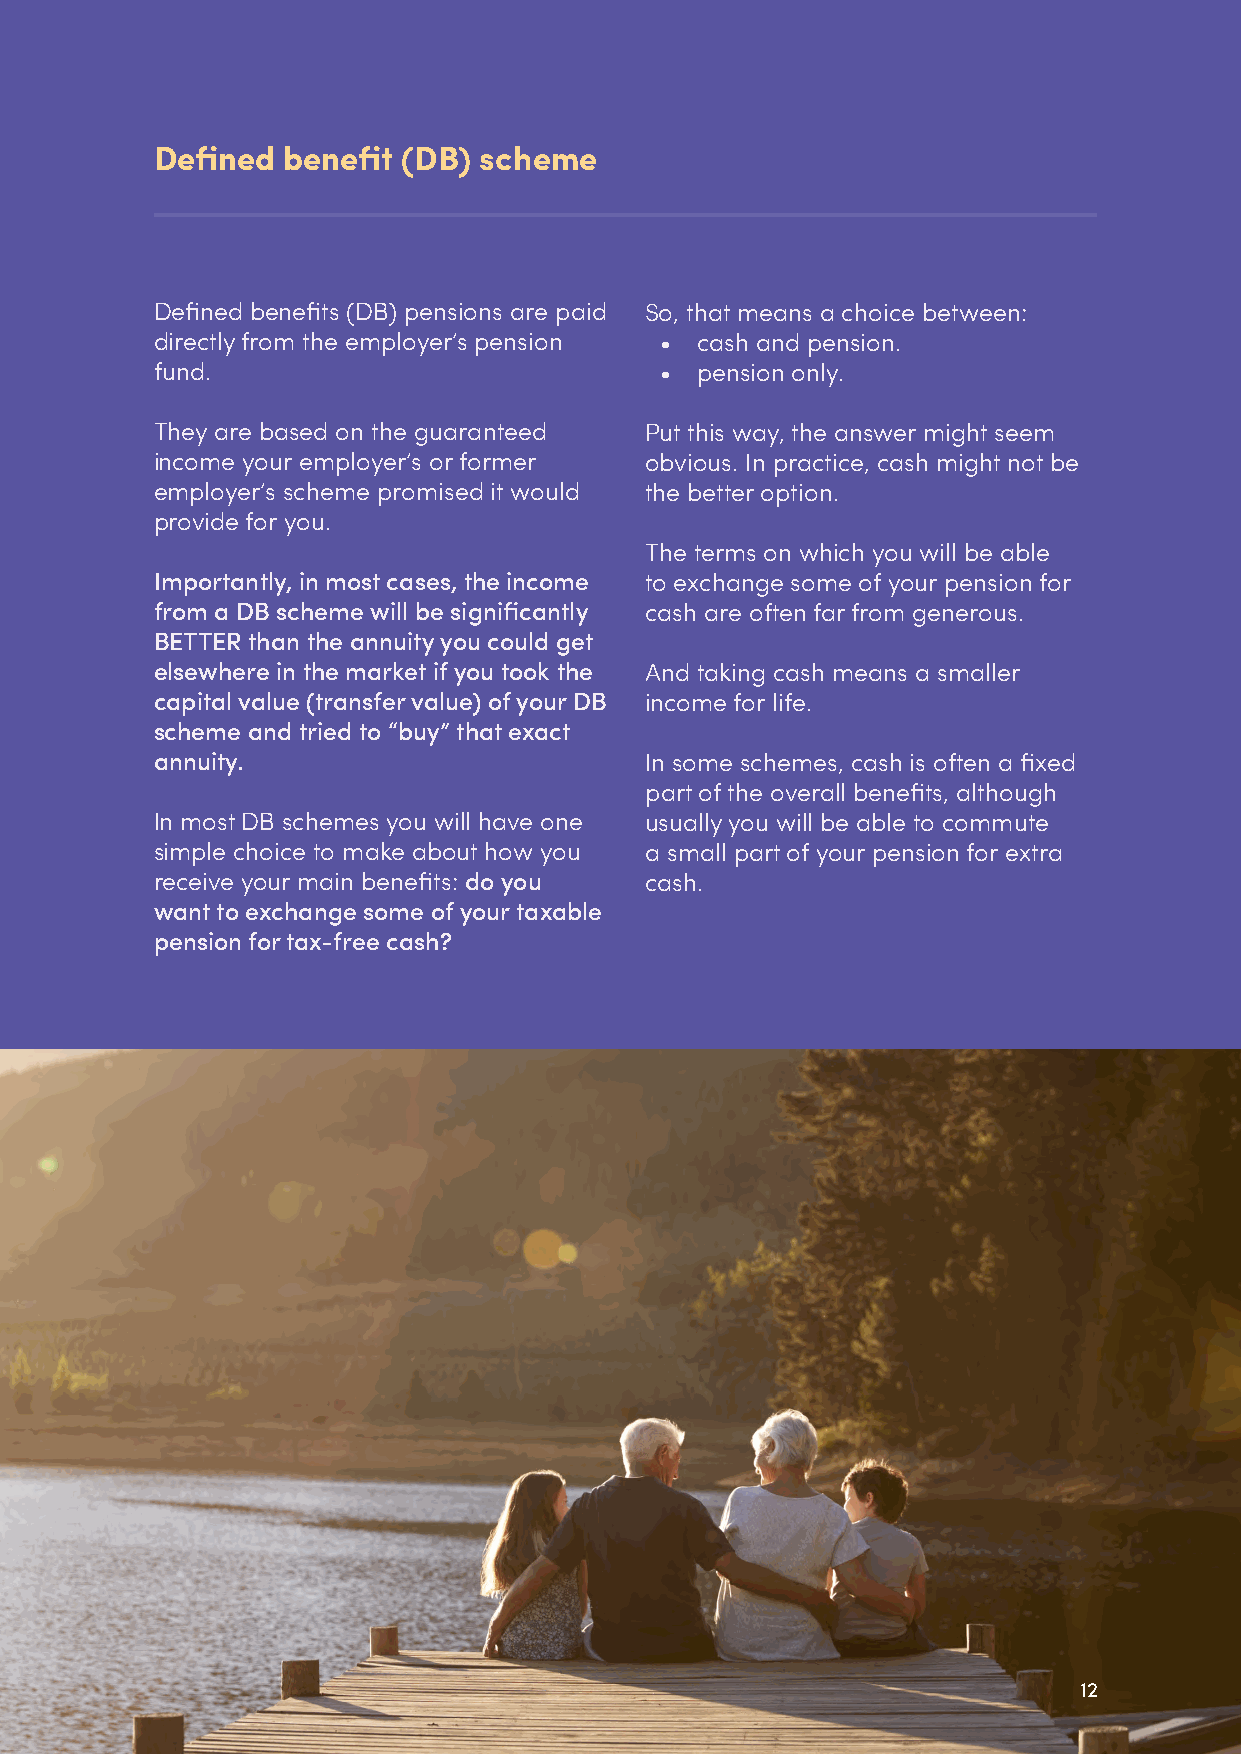
Defined  benefit (DB) scheme
 Defined benefits (DB) pensions are paid So, that means a choice between:
 directly from the employer’s pension • cash and pension.
 fund.                             • pension only.
 They are based on the guaranteed Put this way, the answer might seem
 income your employer’s or former obvious. In practice, cash might not be
 employer’s scheme promised it would the better option.
 provide for you.
 The terms on which you will be able
 Importantly, in most cases, the income to exchange some of your pension for
 from a DB scheme will be significantly cash are often far from generous.
 BETTER than the annuity you could get
 elsewhere in the market if you took the And taking cash means a smaller
 capital value (transfer value) of your DB income for life.
 scheme and tried to “buy” that exact
 annuity.                         In some schemes, cash is often a fixed
 part of the overall benefits, although
 In most DB schemes you will have one usually you will be able to commute
 simple choice to make about how you a small part of your pension for extra
 receive your main benefits: do you cash.
 want to exchange some of your taxable
 pension for tax-free cash?
 12